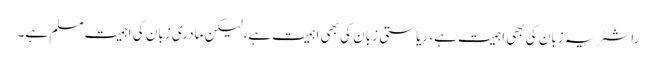
راشٹر یہ زبان کی بھی اہمیت ہے، ریاستی زبان کی بھی اہمیت ہے،لیکن مادری زبان کی اہمیت مسلم ہے۔